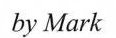
by Mark